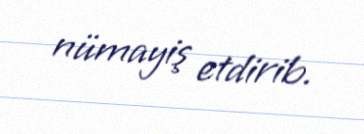
nümayiş etdirib.